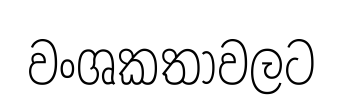
වංශකතාවලට